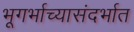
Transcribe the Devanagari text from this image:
भूगर्भाच्यासंदर्भात